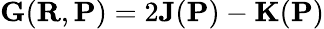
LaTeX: {\mathbf G}({\mathbf R},{\mathbf P})=2{\mathbf J}({\mathbf P})-{\mathbf K}({\mathbf P})